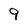
Character: 9